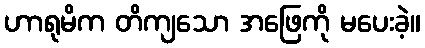
ဟာရုမိက တိကျသော အဖြေကို မပေးခဲ့။